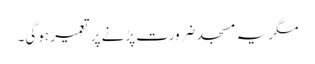
مگر یہ مسجد ضرورت پڑنے پر تعمیر ہوگی۔